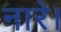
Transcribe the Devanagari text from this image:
नारे।